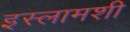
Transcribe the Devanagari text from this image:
इस्लामशी